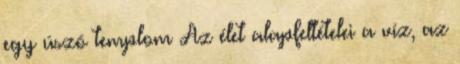
egy úszó templom Az élet alapfeltételei a víz, az